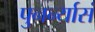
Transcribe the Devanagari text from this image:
पुनर्न्यासं